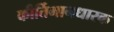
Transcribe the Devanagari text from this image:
कीर्तिमानधारक